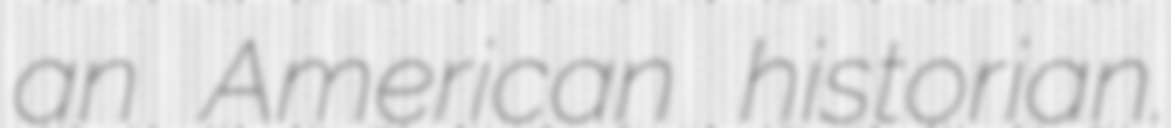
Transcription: an American historian.